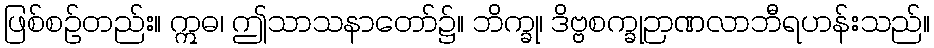
ဖြစ်စဉ်တည်း။ ဣဓ၊ ဤသာသနာတော်၌။ ဘိက္ခု၊ ဒိဗ္ဗစက္ခုဉာဏလာဘီရဟန်းသည်။